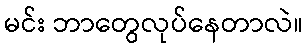
မင်း ဘာတွေလုပ်နေတာလဲ။